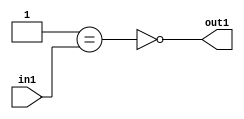
`timescale 1ps / 1ps
/*****************************************************************************
    Verilog RTL Description
    
    
    Created by: Stratus DpOpt 2019.1.01 
*******************************************************************************/

module st_weight_addr_gen_Nei1u16_1 (
	in1,
	out1
	); /* architecture "behavioural" */ 
input [15:0] in1;
output  out1;
wire  asc001,
	asc002;

assign asc002 = (21'B000000000000000000001==in1);

assign asc001 = 
	((~asc002));

assign out1 = asc001;
endmodule

/* CADENCE  ubPzSg8= : u9/ySgnWtBlWxVPRXgAZ4Og= ** DO NOT EDIT THIS LINE ******/